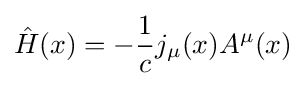
{\hat {H}}(x)=-{\frac {1}{c}}j_{\mu }(x)A^{\mu }(x)